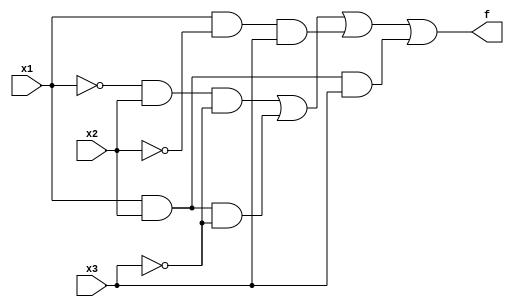
module top_module(
    input x3,x2,x1,
    output f
);

assign f=(~x1&x2&~x3)|(x1&x2&~x3)|(x1&~x2&x3)|(x1&x2&x3);

endmodule


// module truthtable (
//     input x3,
//     input x2,
//     input x1,
//     output f
// );
//     reg f;
//     wire [2 : 0] wire1;

//     assign wire1 = { x3, x2, x1 };

//     always @(*) begin
//         case (wire1)
//             3'b000 : f = 0;
//             3'b001 : f = 0;
//             3'b010 : f = 1;
//             3'b011 : f = 1;
//             3'b100 : f = 0;
//             3'b101 : f = 1;
//             3'b110 : f = 0;
//             3'b111 : f = 1;
//         endcase
//     end

// endmodule